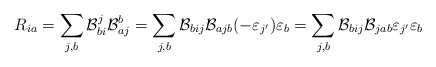
\begin{align*}R_{ia} = \sum_{j,b}\mathcal{B}_{bi}^j \mathcal{B}_{aj}^b = \sum_{j,b} \mathcal{B}_{bij} \mathcal{B}_{ajb}(-\varepsilon_{j'})\varepsilon_b = \sum_{j,b} \mathcal{B}_{bij} \mathcal{B}_{jab}\varepsilon_{j'}\varepsilon_b\end{align*}